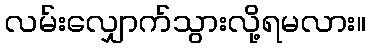
လမ်းလျှောက်သွားလို့ရမလား။